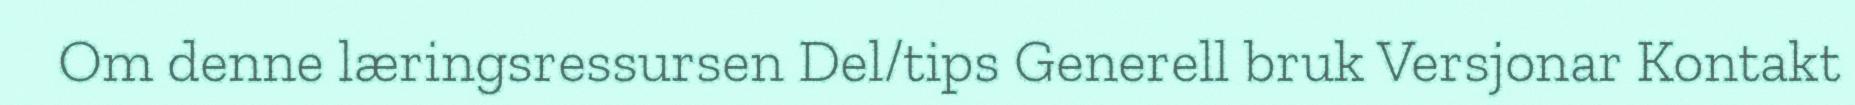
Om denne læringsressursen Del/tips Generell bruk Versjonar Kontakt